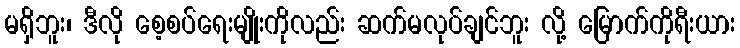
မရှိဘူး၊ ဒီလို စေ့စပ်ရေးမျိုးကိုလည်း ဆက်မလုပ်ချင်ဘူး လို့ မြောက်ကိုရီးယား